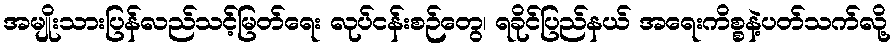
အမျိုးသားပြန်လည်သင့်မြတ်ရေး လုပ်ငန်းစဉ်တွေ၊ ရခိုင်ပြည်နယ် အရေးကိစ္စနဲ့ပတ်သက်လို့